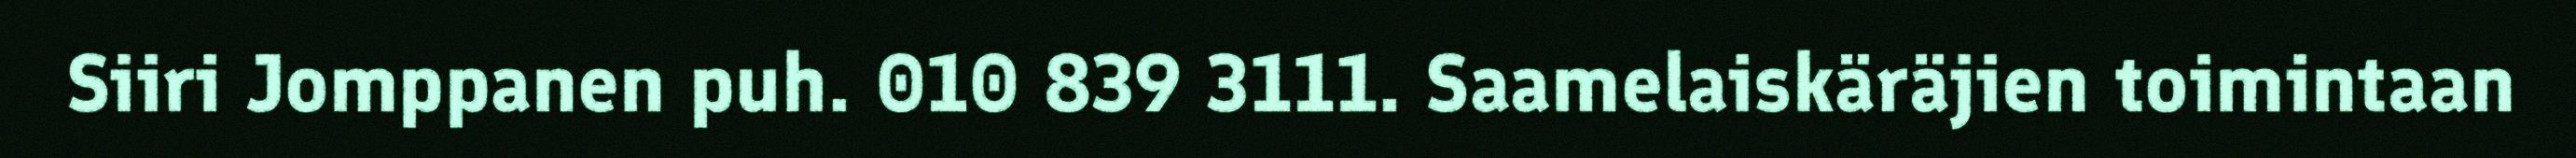
Siiri Jomppanen puh. 010 839 3111. Saamelaiskäräjien toimintaan